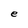
Character: e